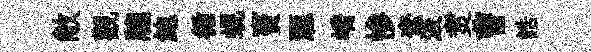
敝觀牕鮑循蜆竇滙嶠慘奩汲煑曹誥